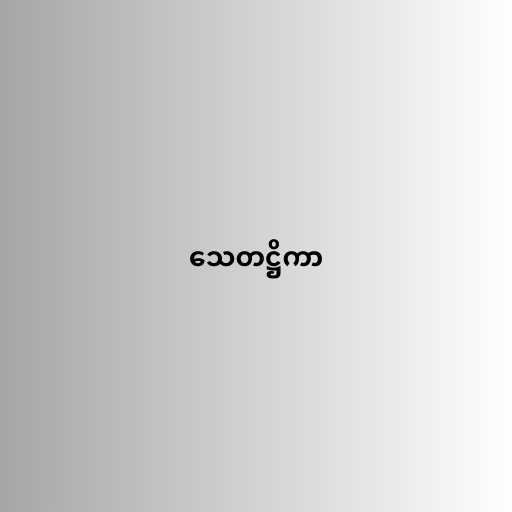
သေတဋ္ဌိကာ